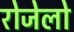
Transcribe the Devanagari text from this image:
रोजेलो